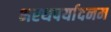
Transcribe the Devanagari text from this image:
भरथपर्यादनम